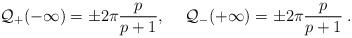
LaTeX: \begin{align*}{\cal Q}_{+}(-\infty )=\pm 2\pi \frac{p}{p+1},\quad \: {\cal Q}_{-}(+\infty )=\pm 2\pi \frac{p}{p+1}\: .\end{align*}